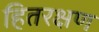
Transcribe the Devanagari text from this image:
हितरक्षण